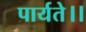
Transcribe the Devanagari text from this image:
पार्यते।।